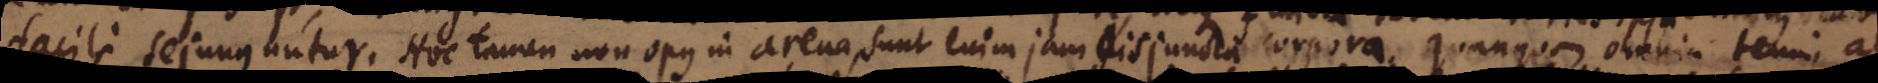
facile sejunguntur. Hoc tamen non opus in arena, sunt enim jam disjuncta corpora, quanquam omnia tenui